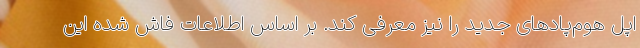
اپل هوم‌پادهای جدید را نیز معرفی کند. بر اساس اطلاعات فاش شده این